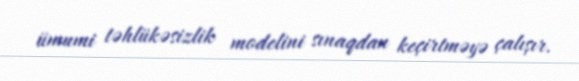
ümumi təhlükəsizlik modelini sınaqdan keçirtməyə çalışır.